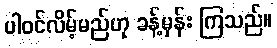
ပါဝင်လိမ့်မည်ဟု ခန့်မှန်း ကြသည်။